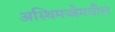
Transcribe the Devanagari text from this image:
अस्थिमज्जेमधील